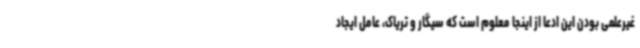
غیرعلمی بودن این ادعا از اینجا معلوم است که سیگار و تریاک، عامل ایجاد